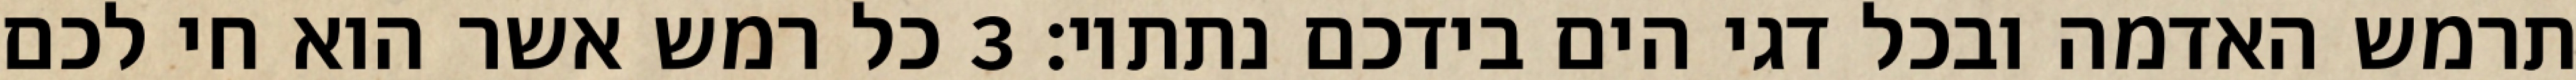
תרמש האדמה ובכל דגי הים בידכם נתתיו׃ ‎3‏ כל רמש אשר הוא חי לכם